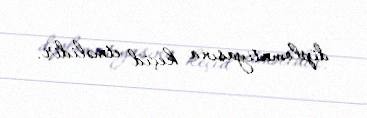
diplomatiyasına keçid etməlidir.